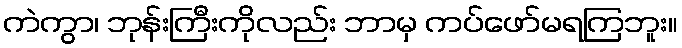
ကဲကွာ၊ ဘုန်းကြီးကိုလည်း ဘာမှ ကပ်ဖော်မရကြဘူး။